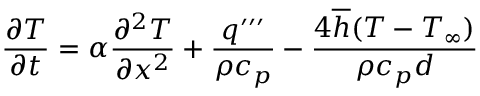
\frac { \partial T } { \partial t } = \alpha \frac { \partial ^ { 2 } T } { \partial x ^ { 2 } } + \frac { q ^ { \prime \prime \prime } } { \rho c _ { p } } - \frac { 4 \overline { { h } } ( T - T _ { \infty } ) } { \rho c _ { p } d }